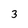
Character: 3